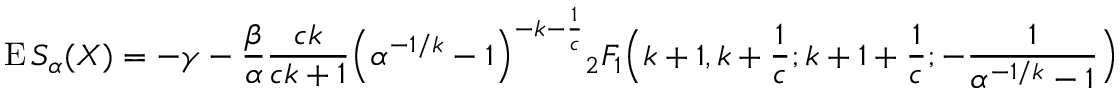
\operatorname { E } S _ { \alpha } ( X ) = - \gamma - { \frac { \beta } { \alpha } } { \frac { c k } { c k + 1 } } { \Big ( } \alpha ^ { - 1 / k } - 1 { \Big ) } ^ { - k - { \frac { 1 } { c } } } { _ { 2 } F _ { 1 } } { \Big ( } k + 1 , k + { \frac { 1 } { c } } ; k + 1 + { \frac { 1 } { c } } ; - { \frac { 1 } { \alpha ^ { - 1 / k } - 1 } } { \Big ) }